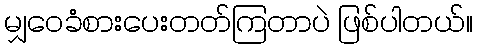
မျှဝေခံစားပေးတတ်ကြတာပဲ ဖြစ်ပါတယ်။